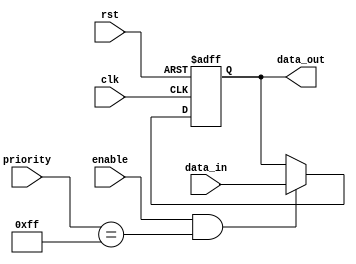
module PriorityBypassRegister (
    input wire clk,
    input wire rst,
    input wire enable,
    input wire [7:0] priority,
    input wire [7:0] data_in,
    output reg [7:0] data_out
);

reg [7:0] reg_data;

always @(posedge clk or posedge rst) begin
    if (rst) begin
        reg_data <= 8'h00;
    end else if (enable && priority == 8'hFF) begin
        reg_data <= data_in;
    end
end

assign data_out = reg_data;

endmodule